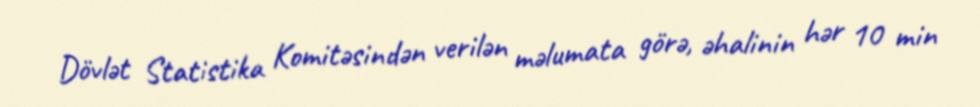
Dövlət Statistika Komitəsindən verilən məlumata görə, əhalinin hər 10 min